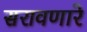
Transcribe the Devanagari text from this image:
सरावणारे